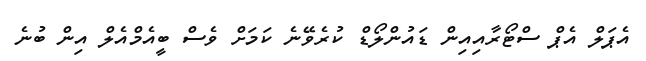
އެޕަލް އެޕް ސްޓޯރާއިއިން ޑައުންލޯޑް ކުރެވޭނެ ކަަމަށް ވެސް ބީއެމްއެލް އިން ބުނެ